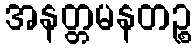
အနတ္တမနတဉ္စ